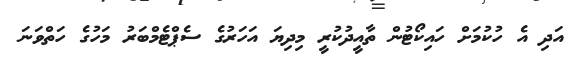
އަދި އެ ހުކުމަށް ހައިކޯޓުން ތާއީދުކުރީ މިދިޔަ އަހަރުގެ ސެޕްޓެމްބަރު މަހުގެ ހަތްވަނަ